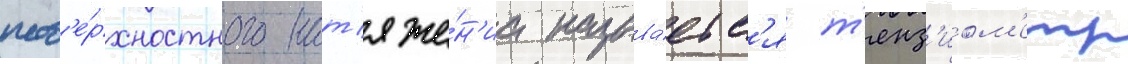
пов'е́рхностного нат'яже́н'иа называ́етс'я т'енз'иом'етр